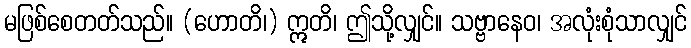
မဖြစ်စေတတ်သည်။ (ဟောတိ၊) ဣတိ၊ ဤသို့လျှင်။ သဗ္ဗာနေဝ၊ အလုံးစုံသာလျှင်